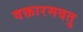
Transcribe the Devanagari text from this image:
वक्तारमवतु